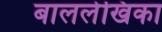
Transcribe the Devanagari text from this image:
बाललेखिका